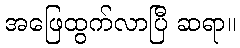
အဖြေထွက်လာပြီ ဆရာ။